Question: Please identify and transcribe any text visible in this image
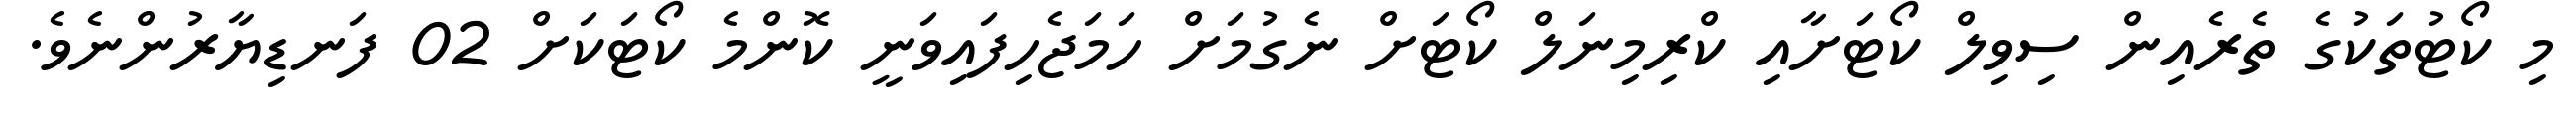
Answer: މި ކޯޓުތަކުގެ ތެރެއިން ސިވިލް ކޯޓަށާއި ކްރިމިނަލް ކޯޓަށް ނެގުމަށް ހަމަޖެހިފައިވަނީ ކޮންމެ ކޯޓަކަށް 02 ފަނޑިޔާރުންނެވެ.